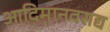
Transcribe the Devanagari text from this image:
आदिमानवसद्य